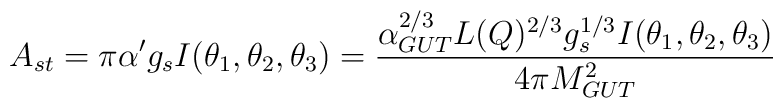
A_{st}=\pi\alpha'g_s I(\theta_1,\theta_2,\theta_3) = {\alpha_{GUT}^{2/3} L(Q)^{2/3} g_{s}^{1/3}I(\theta_1,\theta_2,\theta_3) \over 4\pi M_{GUT}^2 } \,